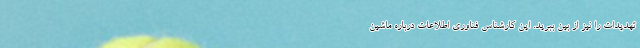
تهدیدات را نیز از بین ببرید. این کارشناس فناوری اطلاعات درباره ماشین